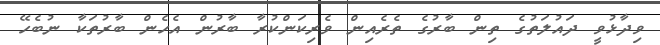
ވިދާޅުވީ ދައުލަތުގެ ތިން ބާރުގެ ތެރެއިން ވެރިކަންކުރާ ބާރުން އެހެން ބާރުތަކާ ނުބެހޭ